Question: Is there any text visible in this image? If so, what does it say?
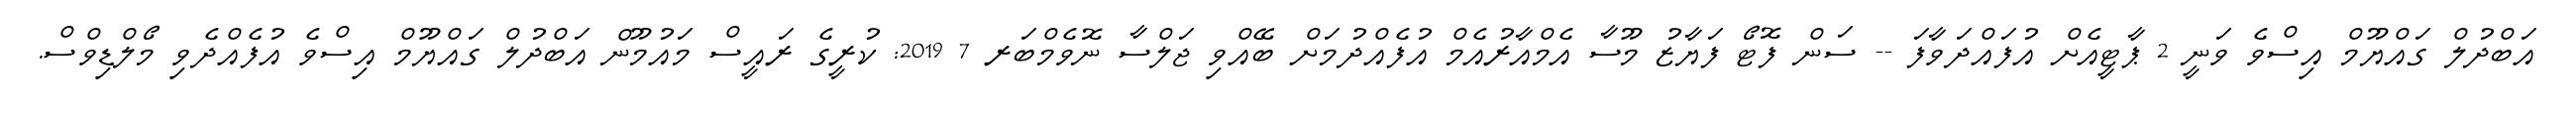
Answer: އަބްދުލް ގައްޔޫމް އިސްވެ ވަނީ 2 ޕާޓީއެށް އުފައްދަވާފަ -- ސަން ފޮޓޯ ފަޔާޒު މޫސާ އެމްއާރުއެމް އުފެއްދުމަށް ބޭއްވި ޖަލްސާ ނޮވެމްބަރ 7 2019: ކުރީގެ ރައީސް މައުމޫން އަބްދުލް ގައްޔޫމް އިސްވެ އުފެއްދެވި މޯލްޑިވްސް.